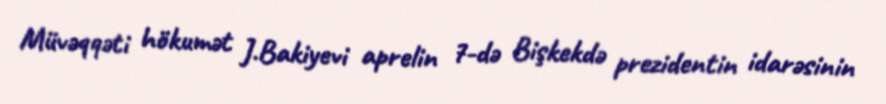
Müvəqqəti hökumət J.Bakiyevi aprelin 7-də Bişkekdə prezidentin idarəsinin